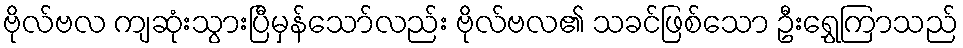
ဗိုလ်ဗလ ကျဆုံးသွားပြီမှန်သော်လည်း ဗိုလ်ဗလ၏ သခင်ဖြစ်သော ဦးရွှေကြာသည်